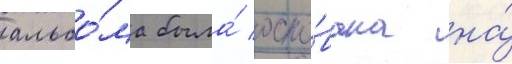
альбо́ма была́ осно́вана на́